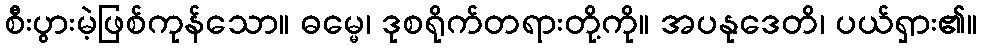
စီးပွားမဲ့ဖြစ်ကုန်သော။ ဓမ္မေ၊ ဒုစရိုက်တရားတို့ကို။ အပနုဒေတိ၊ ပယ်ရှား၏။